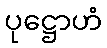
ပုဋ္ဌောဟံ